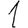
Digit: 1